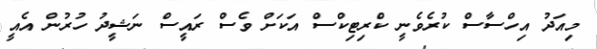
މިއަދު އިހްސާސް ކުރެވެނީ ކްރިޓިކްސް އަކަށް ވެސް ރައީސް ނަޝީދު ހުރުން އެއީ